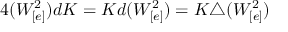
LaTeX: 4 ( W _ { [ e ] } ^ { 2 } ) d K = K d ( W _ { [ e ] } ^ { 2 } ) = K \triangle ( W _ { [ e ] } ^ { 2 } )